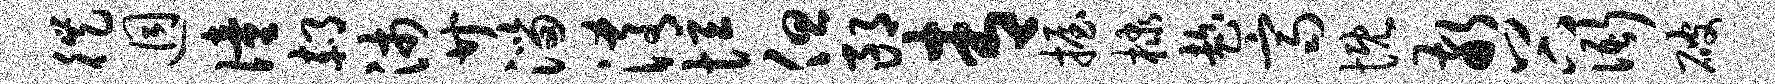
徙迥僮郝沛廿淄淆恒但郎青握棣趁齐慨敬谷衙破